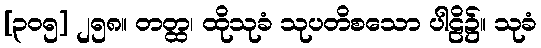
[၃၀၅] ၂၅၈။ တတ္ထ၊ ထိုသုခံ သုပတိစသော ပါဠိ၌။ သုခံ